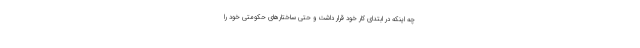
چه اینکه در ابتدای کار خود قرار داشت و حتی ساختارهای حکومتی خود را